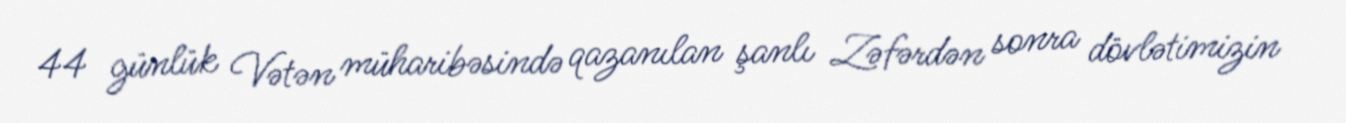
44 günlük Vətən müharibəsində qazanılan şanlı Zəfərdən sonra dövlətimizin